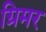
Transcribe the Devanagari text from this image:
ग्रिमर